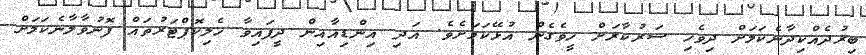
ބިރުދެއްކިދާނެކަމަށް ދިވެހި ސަރުކާރަށް ހީވެގެން އުޅޭކަމަށެވެ. އަދި އިންޑިއާއިން ދީފައިވާ ހެލިކޮޕްޓަރުތައް ފޮނުވާލާނެކަމަށް